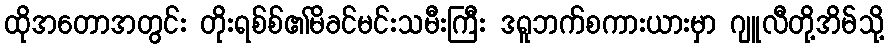
ထိုအတောအတွင်း တိုးရစ်စ်၏မိခင်မင်းသမီးကြီး ဒရူဘက်စကားယားမှာ ဂျူလီတို့အိမ်သို့